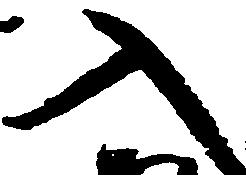
入